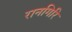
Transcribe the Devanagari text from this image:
रानगिरि